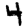
Digit: 4